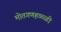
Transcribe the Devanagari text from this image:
मोतगणहळ्ळी